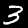
Digit: 3